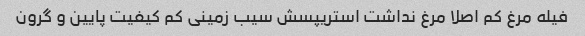
فیله مرغ کم اصلا مرغ نداشت استریپسش سیب زمینی کم کیفیت پایین و گرون